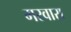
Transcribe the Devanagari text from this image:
मरवारा